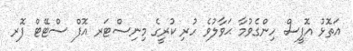
އަތޮޅު އޮފީސް ހިންގެވުމާ ޙަވާލުވެ ހުރި ކުރީގެ މިނިސްޓަރ އޮފް ސްޓޭޓް ފޮރ